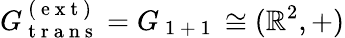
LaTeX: G_{\mathrm{~t~r~a~n~s~}}^{\mathrm{~(~e~x~t~)~}}=G_{\mathrm{~1~+~1~}}\cong(\mathbb{R}^{2},+)